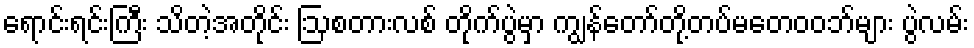
ရောင်းရင်းကြီး သိတဲ့အတိုင်း ဩစတားလစ် တိုက်ပွဲမှာ ကျွန်တော်တို့တပ်မတေဝဝဘ်များ ပွဲလမ်း